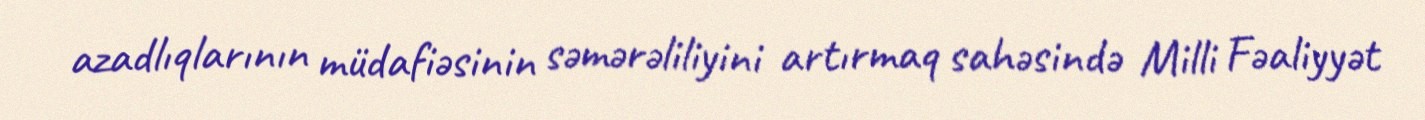
azadlıqlarının müdafiəsinin səmərəliliyini artırmaq sahəsində Milli Fəaliyyət